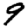
Digit: 9